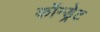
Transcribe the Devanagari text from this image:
कॉन्ड्रेट